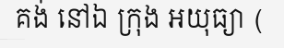
គង់ នៅឯ ក្រុង អយុធ្យា (